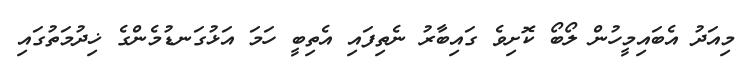
މިއަދު އެބައިމީހުން ލޯބޯ ކޮށިވެ ގައިބާރު ނެތިފައި އެތިބީ ހަމަ އަޅުގަނޑުމެންގެ ޚިދުމަތުގައި